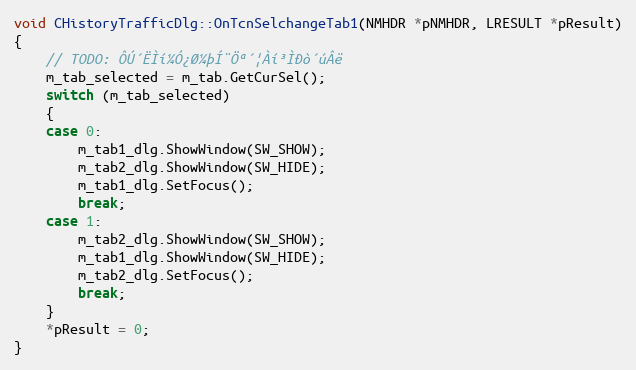
Language: C++
void CHistoryTrafficDlg::OnTcnSelchangeTab1(NMHDR *pNMHDR, LRESULT *pResult)
{
	// TODO: ÔÚ´ËÌí¼Ó¿Ø¼þÍ¨Öª´¦Àí³ÌÐò´úÂë
	m_tab_selected = m_tab.GetCurSel();
	switch (m_tab_selected)
	{
	case 0:
		m_tab1_dlg.ShowWindow(SW_SHOW);
		m_tab2_dlg.ShowWindow(SW_HIDE);
		m_tab1_dlg.SetFocus();
		break;
	case 1:
		m_tab2_dlg.ShowWindow(SW_SHOW);
		m_tab1_dlg.ShowWindow(SW_HIDE);
		m_tab2_dlg.SetFocus();
		break;
	}
	*pResult = 0;
}